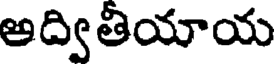
అద్వితియాయ